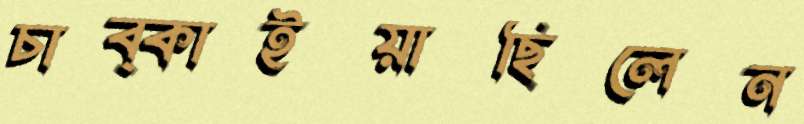
চাব্‌কাইয়াছিলেন